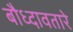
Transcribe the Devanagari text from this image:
बौध्दावतारे